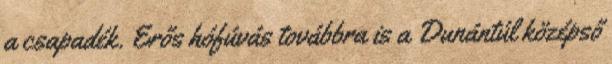
a csapadék. Erős hófúvás továbbra is a Dunántúl középső